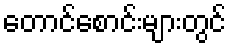
တောင်စောင်းများတွင်